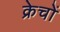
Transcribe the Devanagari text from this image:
क्रेचों